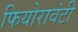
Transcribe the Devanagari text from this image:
फियोरावंटी